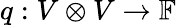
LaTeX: q:V\otimes V\to\mathbb{F}